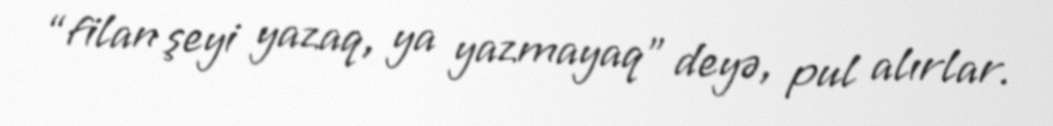
“filan şeyi yazaq, ya yazmayaq” deyə, pul alırlar.